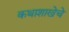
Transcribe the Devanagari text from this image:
कथाशाखेचे